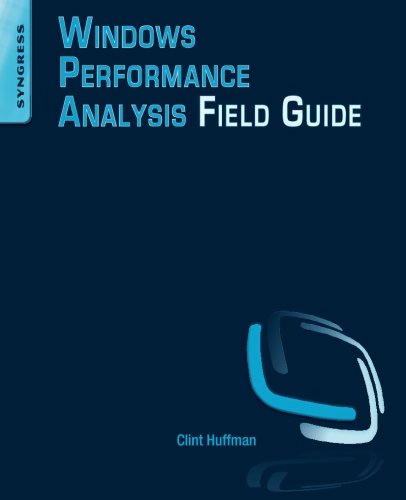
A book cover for Windows Performance Analysis Field Guide; Clint Huffman; Computers & Technology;